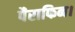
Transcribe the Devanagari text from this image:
पैराफिन।